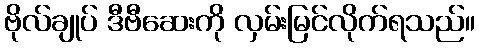
ဗိုလ်ချုပ် ဒီဗီဆေးကို လှမ်းမြင်လိုက်ရသည်။